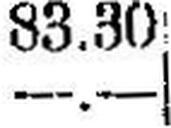
—.—